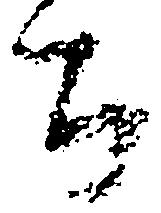
郎